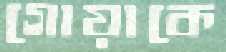
গোয়াকে